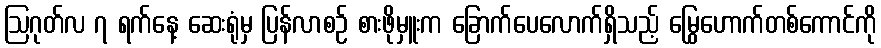
ဩဂုတ်လ ၇ ရက်နေ့ ဆေးရုံမှ ပြန်လာစဉ် စားဖိုမှူးက ခြောက်ပေလောက်ရှိသည့် မြွေဟောက်တစ်ကောင်ကို